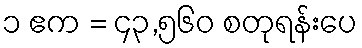
၁ ဧက = ၄၃,၅၆၀ စတုရန်းပေ